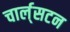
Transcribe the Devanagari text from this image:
चार्ल्‌सटन